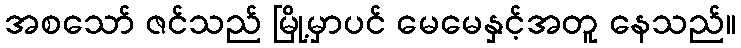
အစသော် ဇင်သည် မြို့မှာပင် မေမေနှင့်အတူ နေသည်။